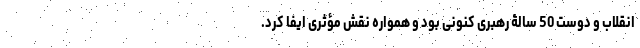
انقلاب و دوست 50 سالۀ رهبری کنونی بود و همواره نقش مؤثری ایفا کرد.